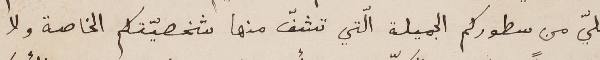
عليّ من سطوركم الجميلة الّتي تشفّ منها شخصيّتكم الخاصة ولا